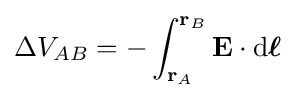
\Delta V_{AB}=-\int _{\mathbf {r} _{A}}^{\mathbf {r} _{B}}\mathbf {E} \cdot \mathrm {d} {\boldsymbol {\ell }}